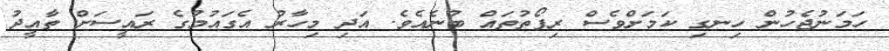
ހަމަނުޖެހުން ހިނގި ކަމަށްވެސް ރިޕޯތުތައް ބުނެއެވެ. އަދި މިހާރު އެގައުމުގެ ރައީސަށް ތާއީދު